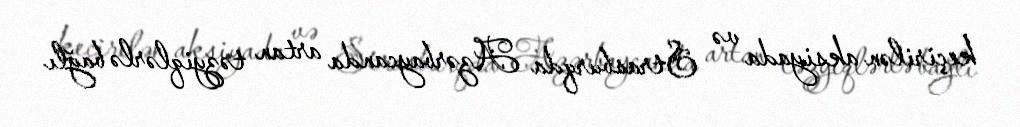
keçirilən aksiyada və Strasburqda Azərbaycanda artan təzyiqlərlə bağlı